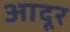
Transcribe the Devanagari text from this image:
आदूर